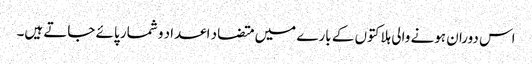
اس دوران ہونے والی ہلاکتوں کے بارے میں متضاد اعداد و شمار پائے جاتے ہیں۔